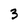
Character: 3